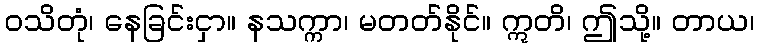
ဝသိတုံ၊ နေခြင်းငှာ။ နသက္ကာ၊ မတတ်နိုင်။ ဣတိ၊ ဤသို့။ တာယ၊